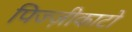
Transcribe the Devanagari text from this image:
पिज्ज़ीकाटो